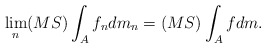
\begin{align*}\lim_n (MS)\int_{A} f_ndm_n = (MS)\int_{A} fdm.\end{align*}